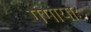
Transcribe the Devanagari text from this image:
गंगायाः